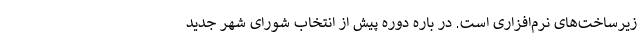
زیرساخت‌های نرم‌افزاری است. در باره دوره پیش از انتخاب شورای شهر جدید